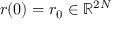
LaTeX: { \boldsymbol { r } } ( 0 ) = { \boldsymbol { r } } _ { 0 } \in \mathbb { R } ^ { 2 N }